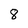
Character: 8